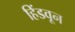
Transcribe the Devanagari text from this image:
हिंडवून